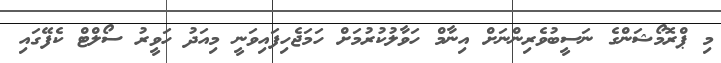
މި ޕްރޮމޯޝަންގެ ނަސީބުވެރިންނަށް އިނާމް ހަވާލުކުރުމަށް ހަމަޖެހިފައިވަނީ މިއަދު ހަވީރު ސޯލްޓް ކެފޭގައި